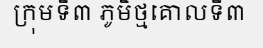
ក្រុមទី៣ ភូមិថ្មគោលទី៣